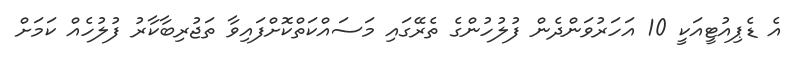
އެ ޑެޕިއުޓީއަކީ 10 އަހަރުވަންދެން ފުލުހުންގެ ތެރޭގައި މަސައްކަތްކޮށްފައިވާ ތަޖުރިބާކާރު ފުލުހެއް ކަމަށް